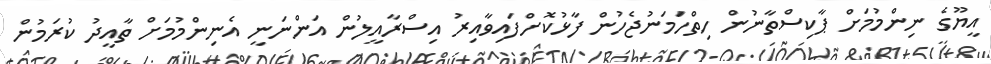
އީޔޫގެ ނިންމުމަށް ޕާކިސްތާނުން ހިތްހަމަނުޖެހުން ފާޅުކޮށްފައިވާއިރު އިސްރާއީލުން އަންނަނީ އެނިންމުމަށް ތާއީދު ކުރަމުން